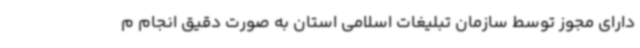
دارای مجوز توسط سازمان تبلیغات اسلامی استان به‌ صورت دقیق انجام م